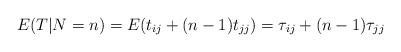
LaTeX: \begin{align*} E(T|N=n) = E( t_{ij} + (n-1) t_{jj} ) = \tau_{ij} + (n-1)\tau_{jj}\end{align*}